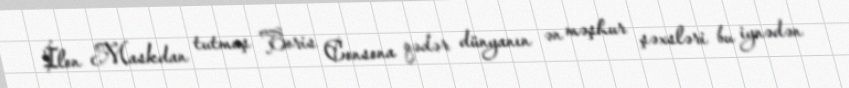
İlon Maskdan tutmuş Boris Consona qədər dünyanın ən məşhur şəxsləri bu iynədən